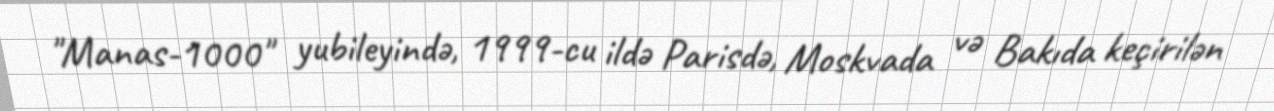
"Manas-1000" yubileyində, 1999-cu ildə Parisdə, Moskvada və Bakıda keçirilən